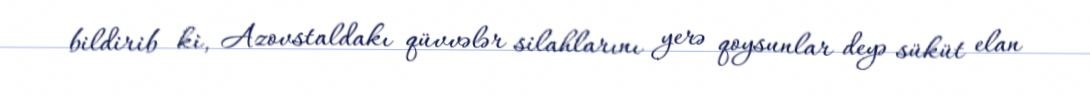
bildirib ki, Azovstaldakı qüvvələr silahlarını yerə qoysunlar deyə süküt elan